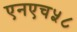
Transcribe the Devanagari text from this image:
एनएच५८